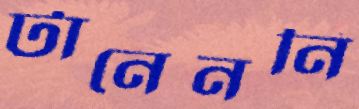
টানেননি